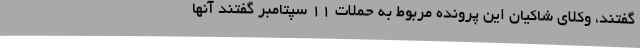
گفتند، وکلای شاکیان این پرونده مربوط به حملات 11 سپتامبر گفتند آنها